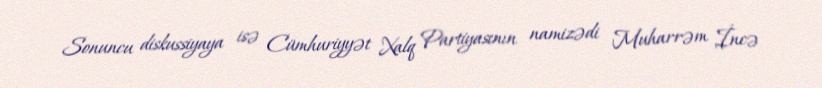
Sonuncu diskussiyaya isə Cümhuriyyət Xalq Partiyasının namizədi Muharrəm İncə